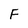
Character: F